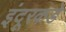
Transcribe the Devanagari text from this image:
इंदूरकडे